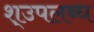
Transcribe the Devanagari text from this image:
श्उपलब्ध